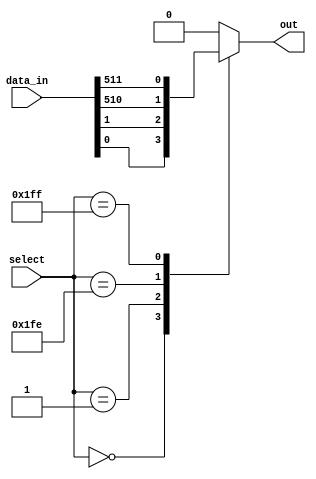
module multiplexer512to1(
    input [511:0] data_in,
    input [8:0] select,
    output reg out
);

always @(*)
begin
    case(select)
        9'd0: out = data_in[0];
        9'd1: out = data_in[1];
        // repeat for all 512 cases
        9'd510: out = data_in[510];
        9'd511: out = data_in[511];
        default: out = 1'b0; // default output when select is out of range
    endcase
end

endmodule